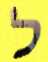
ל